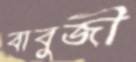
বাবুজী